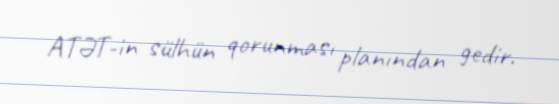
ATƏT-in sülhün qorunması planından gedir.